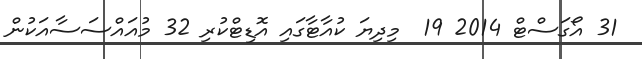
31 އޯގަސްޓް 2014 19  މިދިޔަ ކުއާޓާގައި އޮޑިޓްކުރި 32 މުއައްސަސާއަކުން